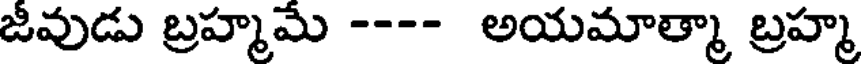
జీవుడు బ్రహ్మమే ---- అయమాత్మా బ్రహ్మ